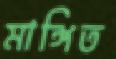
মাঙ্গিত